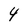
Character: 4